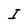
Character: I